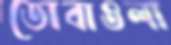
ডোবাওলা